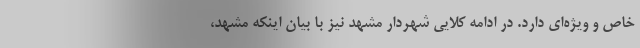
خاص و ویژه‌ای دارد. در ادامه کلایی شهردار مشهد نیز با بیان اینکه مشهد،